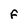
Character: F